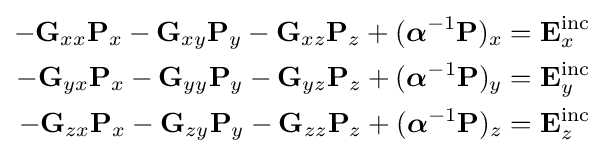
{\begin{aligned}-\mathbf {G} _{xx}\mathbf {P} _{x}-\mathbf {G} _{xy}\mathbf {P} _{y}-\mathbf {G} _{xz}\mathbf {P} _{z}+({\boldsymbol {\alpha }}^{-1}\mathbf {P} )_{x}&=\mathbf {E} _{x}^{\mathrm {inc} }\\-\mathbf {G} _{yx}\mathbf {P} _{x}-\mathbf {G} _{yy}\mathbf {P} _{y}-\mathbf {G} _{yz}\mathbf {P} _{z}+({\boldsymbol {\alpha }}^{-1}\mathbf {P} )_{y}&=\mathbf {E} _{y}^{\mathrm {inc} }\\-\mathbf {G} _{zx}\mathbf {P} _{x}-\mathbf {G} _{zy}\mathbf {P} _{y}-\mathbf {G} _{zz}\mathbf {P} _{z}+({\boldsymbol {\alpha }}^{-1}\mathbf {P} )_{z}&=\mathbf {E} _{z}^{\mathrm {inc} }\end{aligned}}